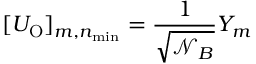
[ U _ { \mathrm { O } } ] _ { m , n _ { \mathrm { m i n } } } = { \frac { 1 } { \sqrt { \mathcal { N } _ { B } } } } Y _ { m }